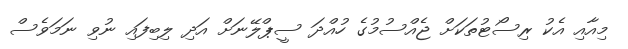
މިއާއި އެކު ރިސޯޓުތަކަށް ޖެއްސުމުގެ ހުއްދަ ސީޕްލޭނަށް އަދި ލިބިފައި ނުވި ނަމަވެސް